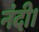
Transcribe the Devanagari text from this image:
नंदी।